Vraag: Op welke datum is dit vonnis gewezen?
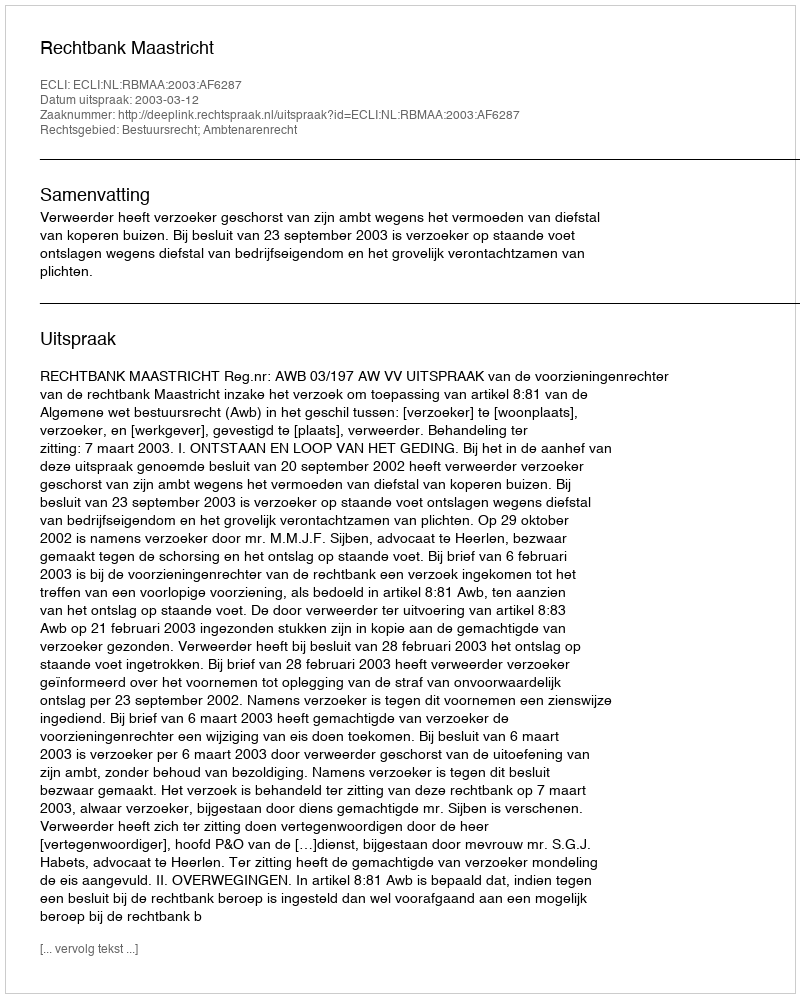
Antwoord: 2003-03-12